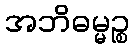
အဘိဓမ္မဉ္စ